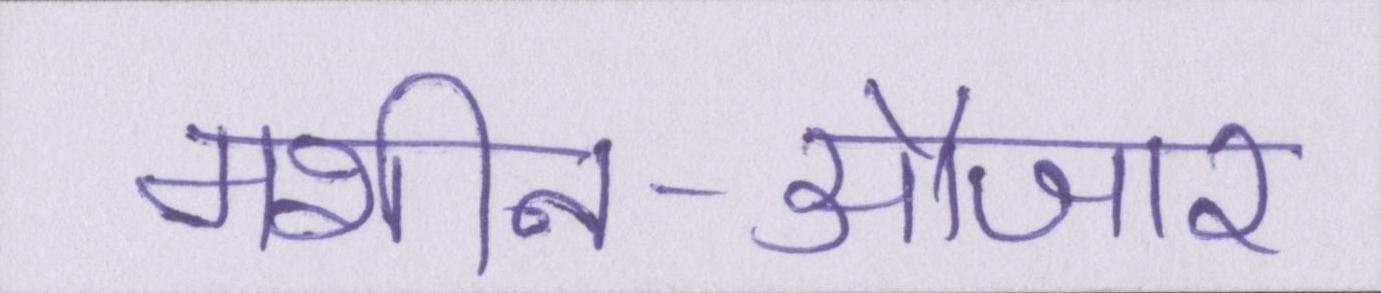
मशीन-औजार